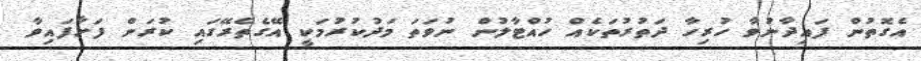
އެގޮތުން ފައިދާނުވާ ހުރިހާ ދަތުރުތަކެއް ހުއްޓާލުން ނުވަތަ މަދުކުރުމަކީ އޭގެތެރޭގައި ކުރަން ފަށާފައިވާ